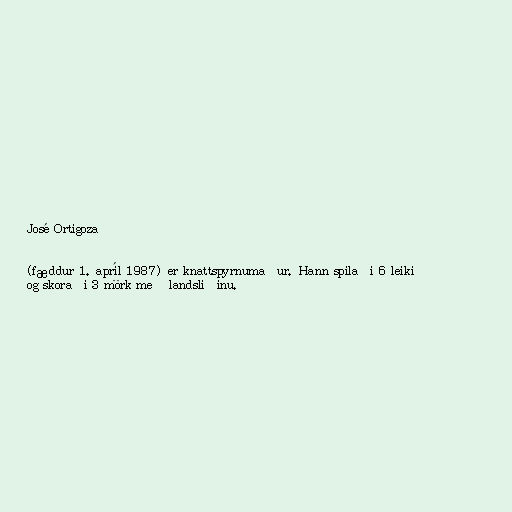
José Ortigoza

(fæddur 1. apríl 1987) er knattspyrnumaður. Hann spilaði 6 leiki
og skoraði 3 mörk með landsliðinu.